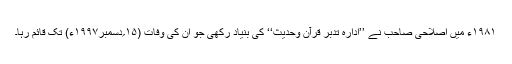
۱۹۸۱ء میں اصلاحی صاحب نے ’’ادارہ تدبر قرآن وحدیث‘‘ کی بنیاد رکھی جو ان کی وفات (۱۵؍دسمبر۱۹۹۷ء) تک قائم رہا۔